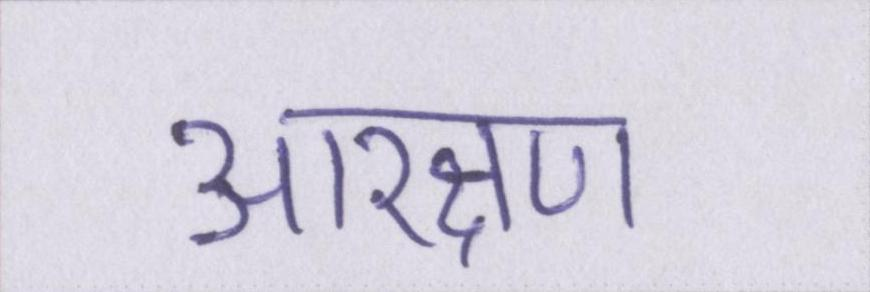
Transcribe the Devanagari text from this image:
आरक्षण